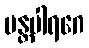
မန္တပါရဂေ